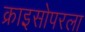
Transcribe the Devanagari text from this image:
क्राइसोपरला